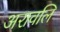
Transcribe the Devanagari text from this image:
अरावलि